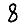
Digit: 8